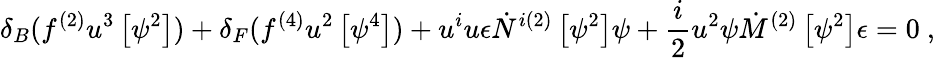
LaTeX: \delta_{B}(f^{(2)}u^{3}\left[\psi^{2}\right])+\delta_{F}(f^{(4)}u^{2}\left[\psi^{4}\right])+u^{i}u\epsilon\dot{N}^{i(2)}\left[\psi^{2}\right]\psi+\frac{i}{2}u^{2}\psi\dot{M}^{(2)}\left[\psi^{2}\right]\epsilon=0~,